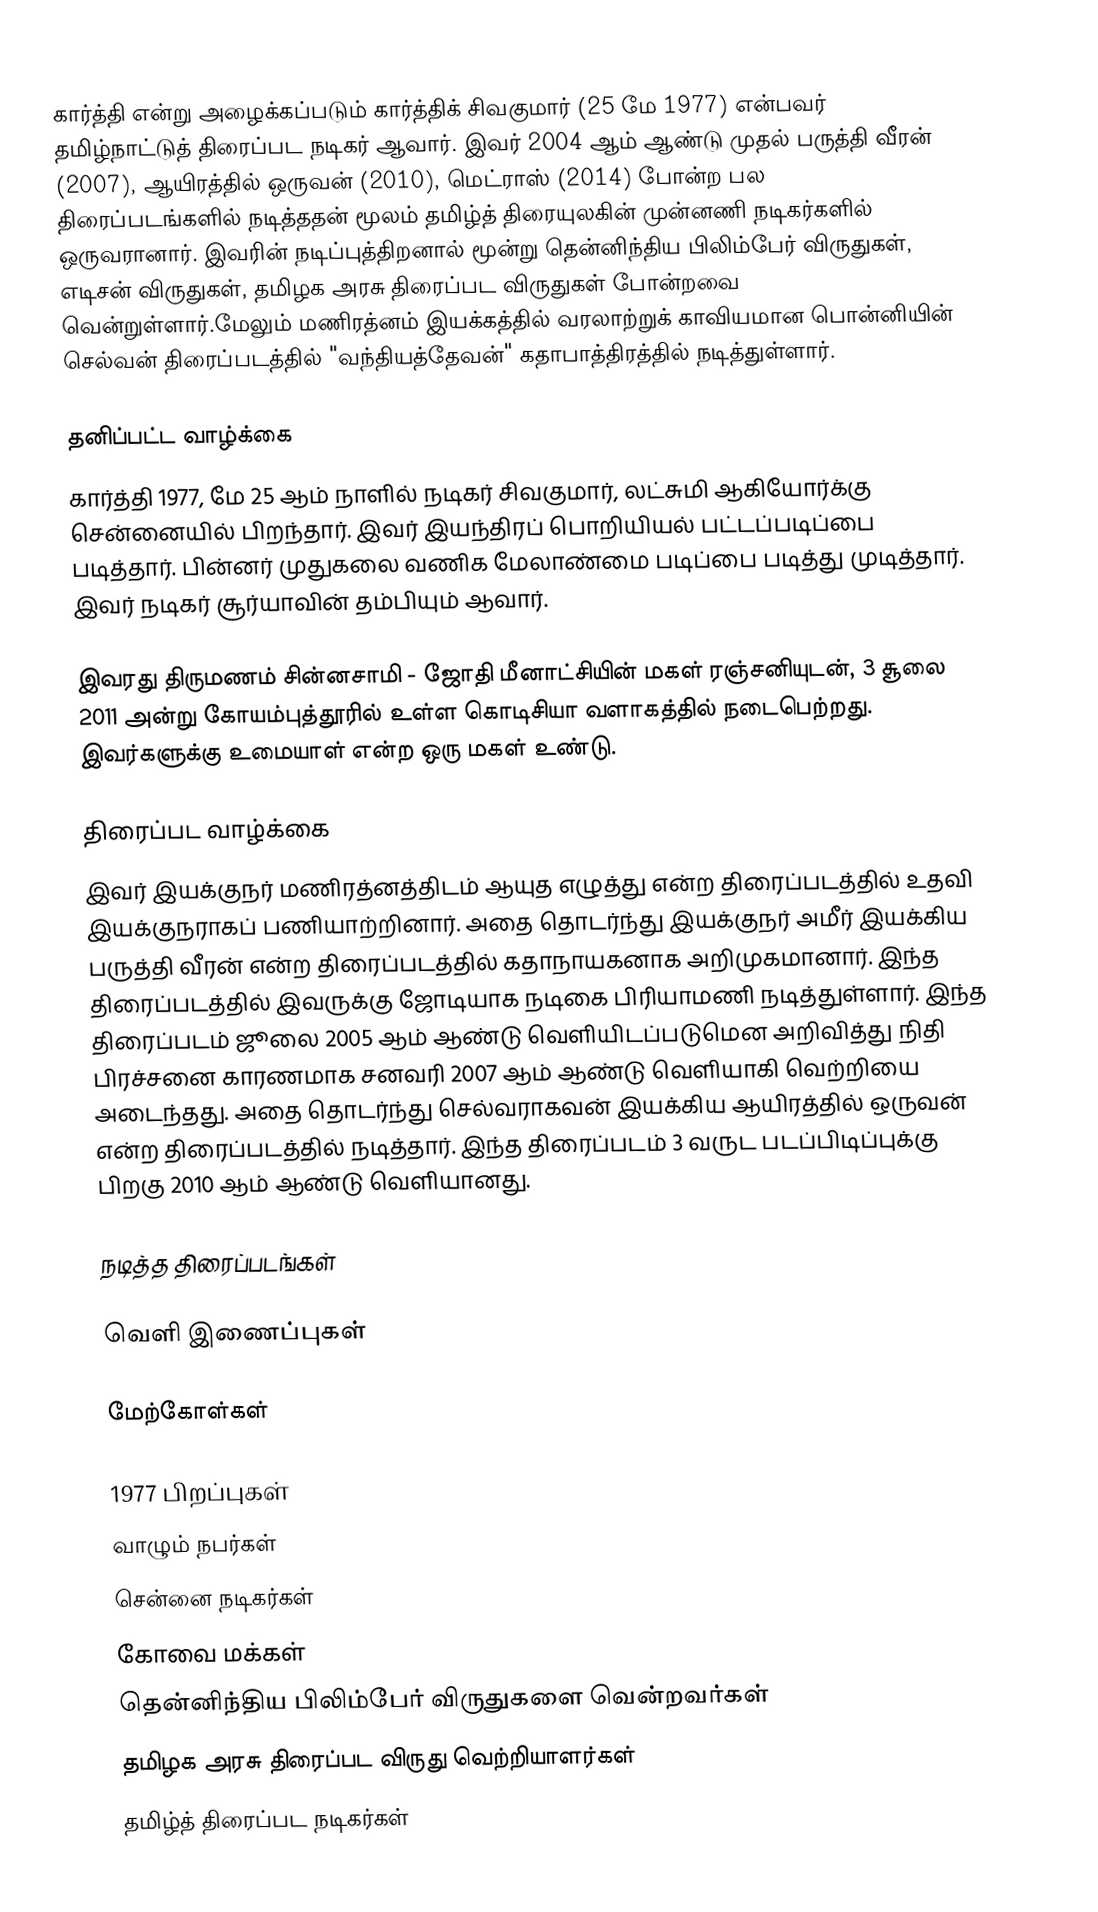
கார்த்தி என்று அழைக்கப்படும் கார்த்திக் சிவகுமார் (25 மே 1977) என்பவர் தமிழ்நாட்டுத் திரைப்பட நடிகர் ஆவார். இவர் 2004 ஆம் ஆண்டு முதல் பருத்தி வீரன் (2007), ஆயிரத்தில் ஒருவன் (2010), மெட்ராஸ் (2014) போன்ற பல திரைப்படங்களில் நடித்ததன் மூலம் தமிழ்த் திரையுலகின் முன்னணி நடிகர்களில் ஒருவரானார். இவரின் நடிப்புத்திறனால் மூன்று தென்னிந்திய பிலிம்பேர் விருதுகள், எடிசன் விருதுகள், தமிழக அரசு திரைப்பட விருதுகள் போன்றவை வென்றுள்ளார்.மேலும்  மணிரத்னம் இயக்கத்தில் வரலாற்றுக் காவியமான பாென்னியின் செல்வன் திரைப்படத்தில் "வந்தியத்தேவன்" கதாபாத்திரத்தில் நடித்துள்ளார்.

தனிப்பட்ட வாழ்க்கை
கார்த்தி 1977, மே 25 ஆம் நாளில் நடிகர் சிவகுமார், லட்சுமி ஆகியோர்க்கு சென்னையில் பிறந்தார். இவர் இயந்திரப் பொறியியல் பட்டப்படிப்பை படித்தார். பின்னர் முதுகலை வணிக மேலாண்மை படிப்பை படித்து முடித்தார். இவர் நடிகர் சூர்யாவின் தம்பியும் ஆவார்.

இவரது திருமணம் சின்னசாமி - ஜோதி மீனாட்சியின் மகள் ரஞ்சனியுடன், 3 சூலை 2011 அன்று கோயம்புத்தூரில் உள்ள கொடிசியா வளாகத்தில் நடைபெற்றது. இவர்களுக்கு உமையாள் என்ற ஒரு மகள் உண்டு.

திரைப்பட வாழ்க்கை
இவர் இயக்குநர் மணிரத்னத்திடம் ஆயுத எழுத்து என்ற திரைப்படத்தில் உதவி இயக்குநராகப் பணியாற்றினார். அதை தொடர்ந்து இயக்குநர் அமீர் இயக்கிய பருத்தி வீரன் என்ற திரைப்படத்தில் கதாநாயகனாக அறிமுகமானார். இந்த திரைப்படத்தில் இவருக்கு ஜோடியாக நடிகை பிரியாமணி நடித்துள்ளார். இந்த திரைப்படம் ஜூலை 2005 ஆம் ஆண்டு வெளியிடப்படுமென அறிவித்து நிதி பிரச்சனை காரணமாக  சனவரி 2007 ஆம் ஆண்டு வெளியாகி வெற்றியை அடைந்தது. அதை தொடர்ந்து செல்வராகவன் இயக்கிய ஆயிரத்தில் ஒருவன் என்ற திரைப்படத்தில் நடித்தார். இந்த திரைப்படம் 3 வருட படப்பிடிப்புக்கு பிறகு 2010 ஆம் ஆண்டு வெளியானது.

நடித்த திரைப்படங்கள்

வெளி இணைப்புகள்

மேற்கோள்கள்

1977 பிறப்புகள்
வாழும் நபர்கள்
சென்னை நடிகர்கள்
கோவை மக்கள்
தென்னிந்திய பிலிம்பேர் விருதுகளை வென்றவர்கள்
தமிழக அரசு திரைப்பட விருது வெற்றியாளர்கள்
தமிழ்த் திரைப்பட நடிகர்கள்